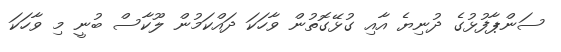
ސަންޕާފުޅުގެ ދުނިޔެ އާއި ގުޅޭގޮތުން ވާހަކަ ދައްކަމުން ލޫކާސް ބުނީ މި ވާހަކަ